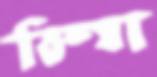
তিষ্যা